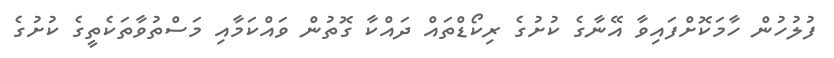
ފުލުހުން ހާމަކޮށްފައިވާ އޭނާގެ ކުށުގެ ރިކޯޑްތައް ދައްކާ ގޮތުން ވައްކަމާއި މަސްތުވާތަކެތީގެ ކުށުގެ